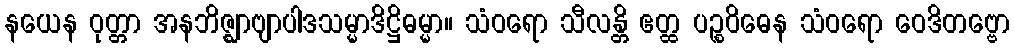
နယေန ဝုတ္တာ အနဘိဇ္ဈာဗျာပါဒသမ္မာဒိဋ္ဌိဓမ္မာ။ သံဝရော သီလန္တိ ဧတ္ထ ပဉ္စဝိဓေန သံဝရော ဝေဒိတဗ္ဗော